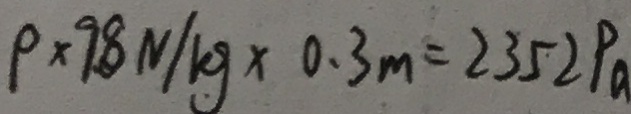
p \times 9 . 8 N / k g \times 0 . 3 m = 2 3 5 2 P a